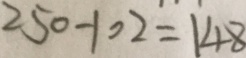
2 5 0 - 1 0 2 = 1 4 8